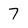
Character: 7